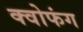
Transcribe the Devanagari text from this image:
क्वोफंग